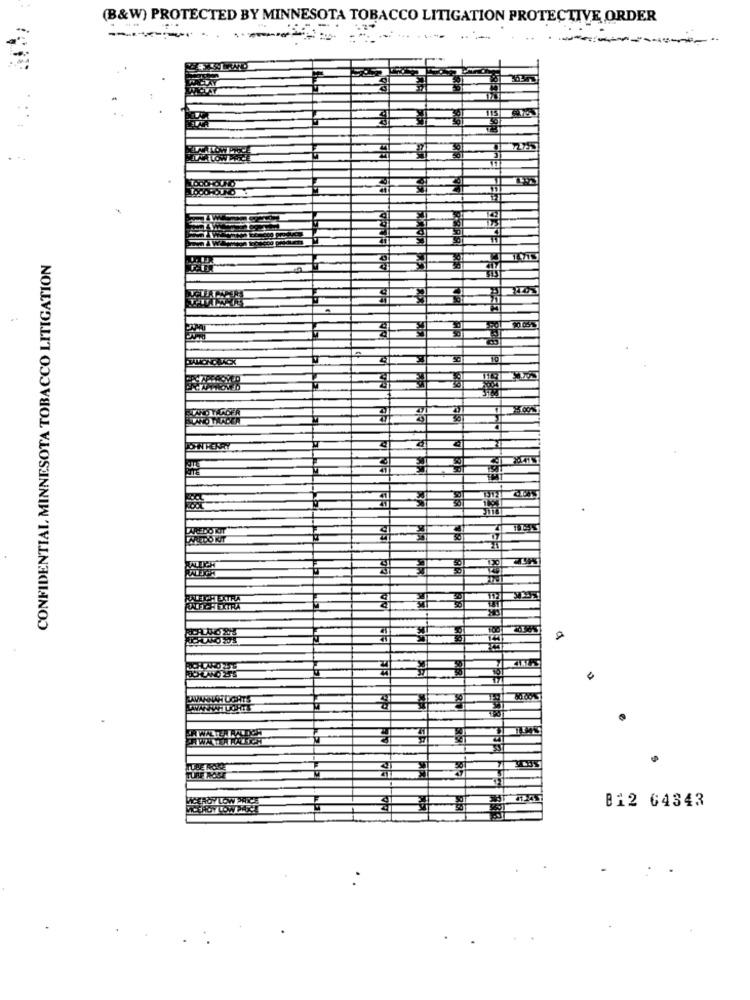
(B&W) PROTECTED BY MINNESOTA TOBACCO LITIGATION PROTECTIVE ORDER
LAALON
CONFIDENTIAL, MINNESOTA TOBACCO LITIGATION
ONKEY
SITE
EL
LAREDO KIT
RRI
EAWALTER RADOR
ILBE ROKE
TURF ROSE
WWEROYLOW PRICE
B12 64343
VICEROYLOWPAX!